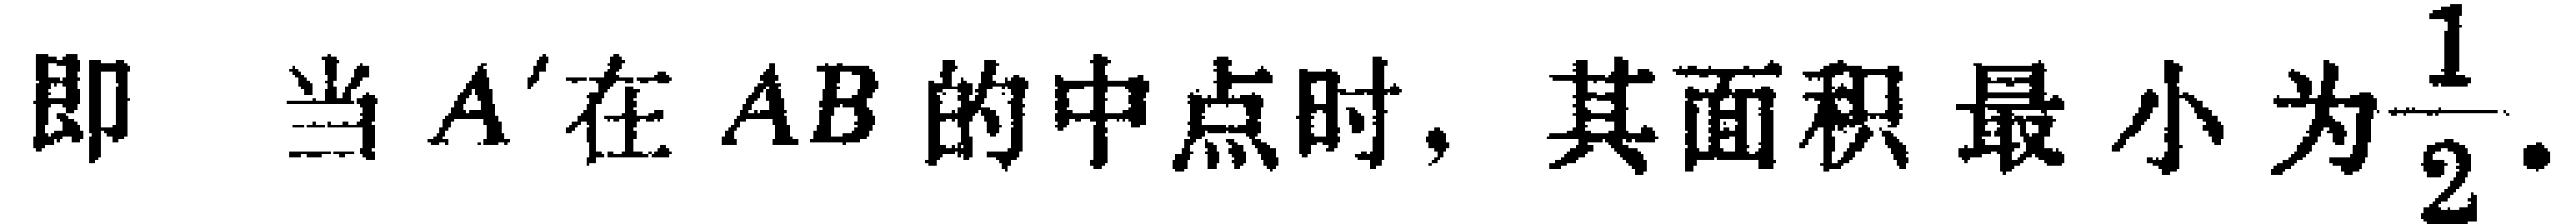
即 当 \(A'\) 在 \(AB\) 的中点时, 其面积最小为\(\frac{1}{2}\).